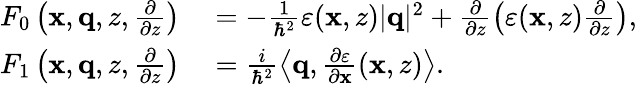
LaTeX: \begin{array}{rl}{F_{0}\left(\mathbf{x},\mathbf{q},z,\frac{\partial}{\partial z}\right)}&{{}=-\frac{1}{\hbar^{2}}\varepsilon(\mathbf{x},z)|\mathbf{q}|^{2}+\frac{\partial}{\partial z}\left(\varepsilon(\mathbf{x},z)\frac{\partial}{\partial z}\right),}\\ {F_{1}\left(\mathbf{x},\mathbf{q},z,\frac{\partial}{\partial z}\right)}&{{}=\frac{i}{\hbar^{2}}\left\langle\mathbf{q},\frac{\partial\varepsilon}{\partial\mathbf{x}}(\mathbf{x},z)\right\rangle.}\end{array}